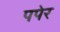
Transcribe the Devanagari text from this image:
पपेर